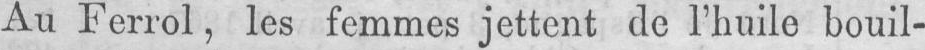
Au Ferrol, les femmes jettent de l’huile bouil-